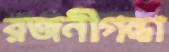
রজনীগন্ধা